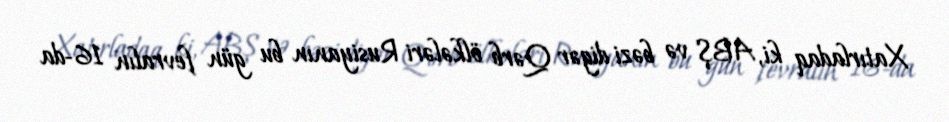
Xatırladaq ki, ABŞ və bəzi digər Qərb ölkələri Rusiyanın bu gün fevralın 16-da